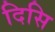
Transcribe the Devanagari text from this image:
दिसि